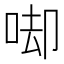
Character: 𠳞